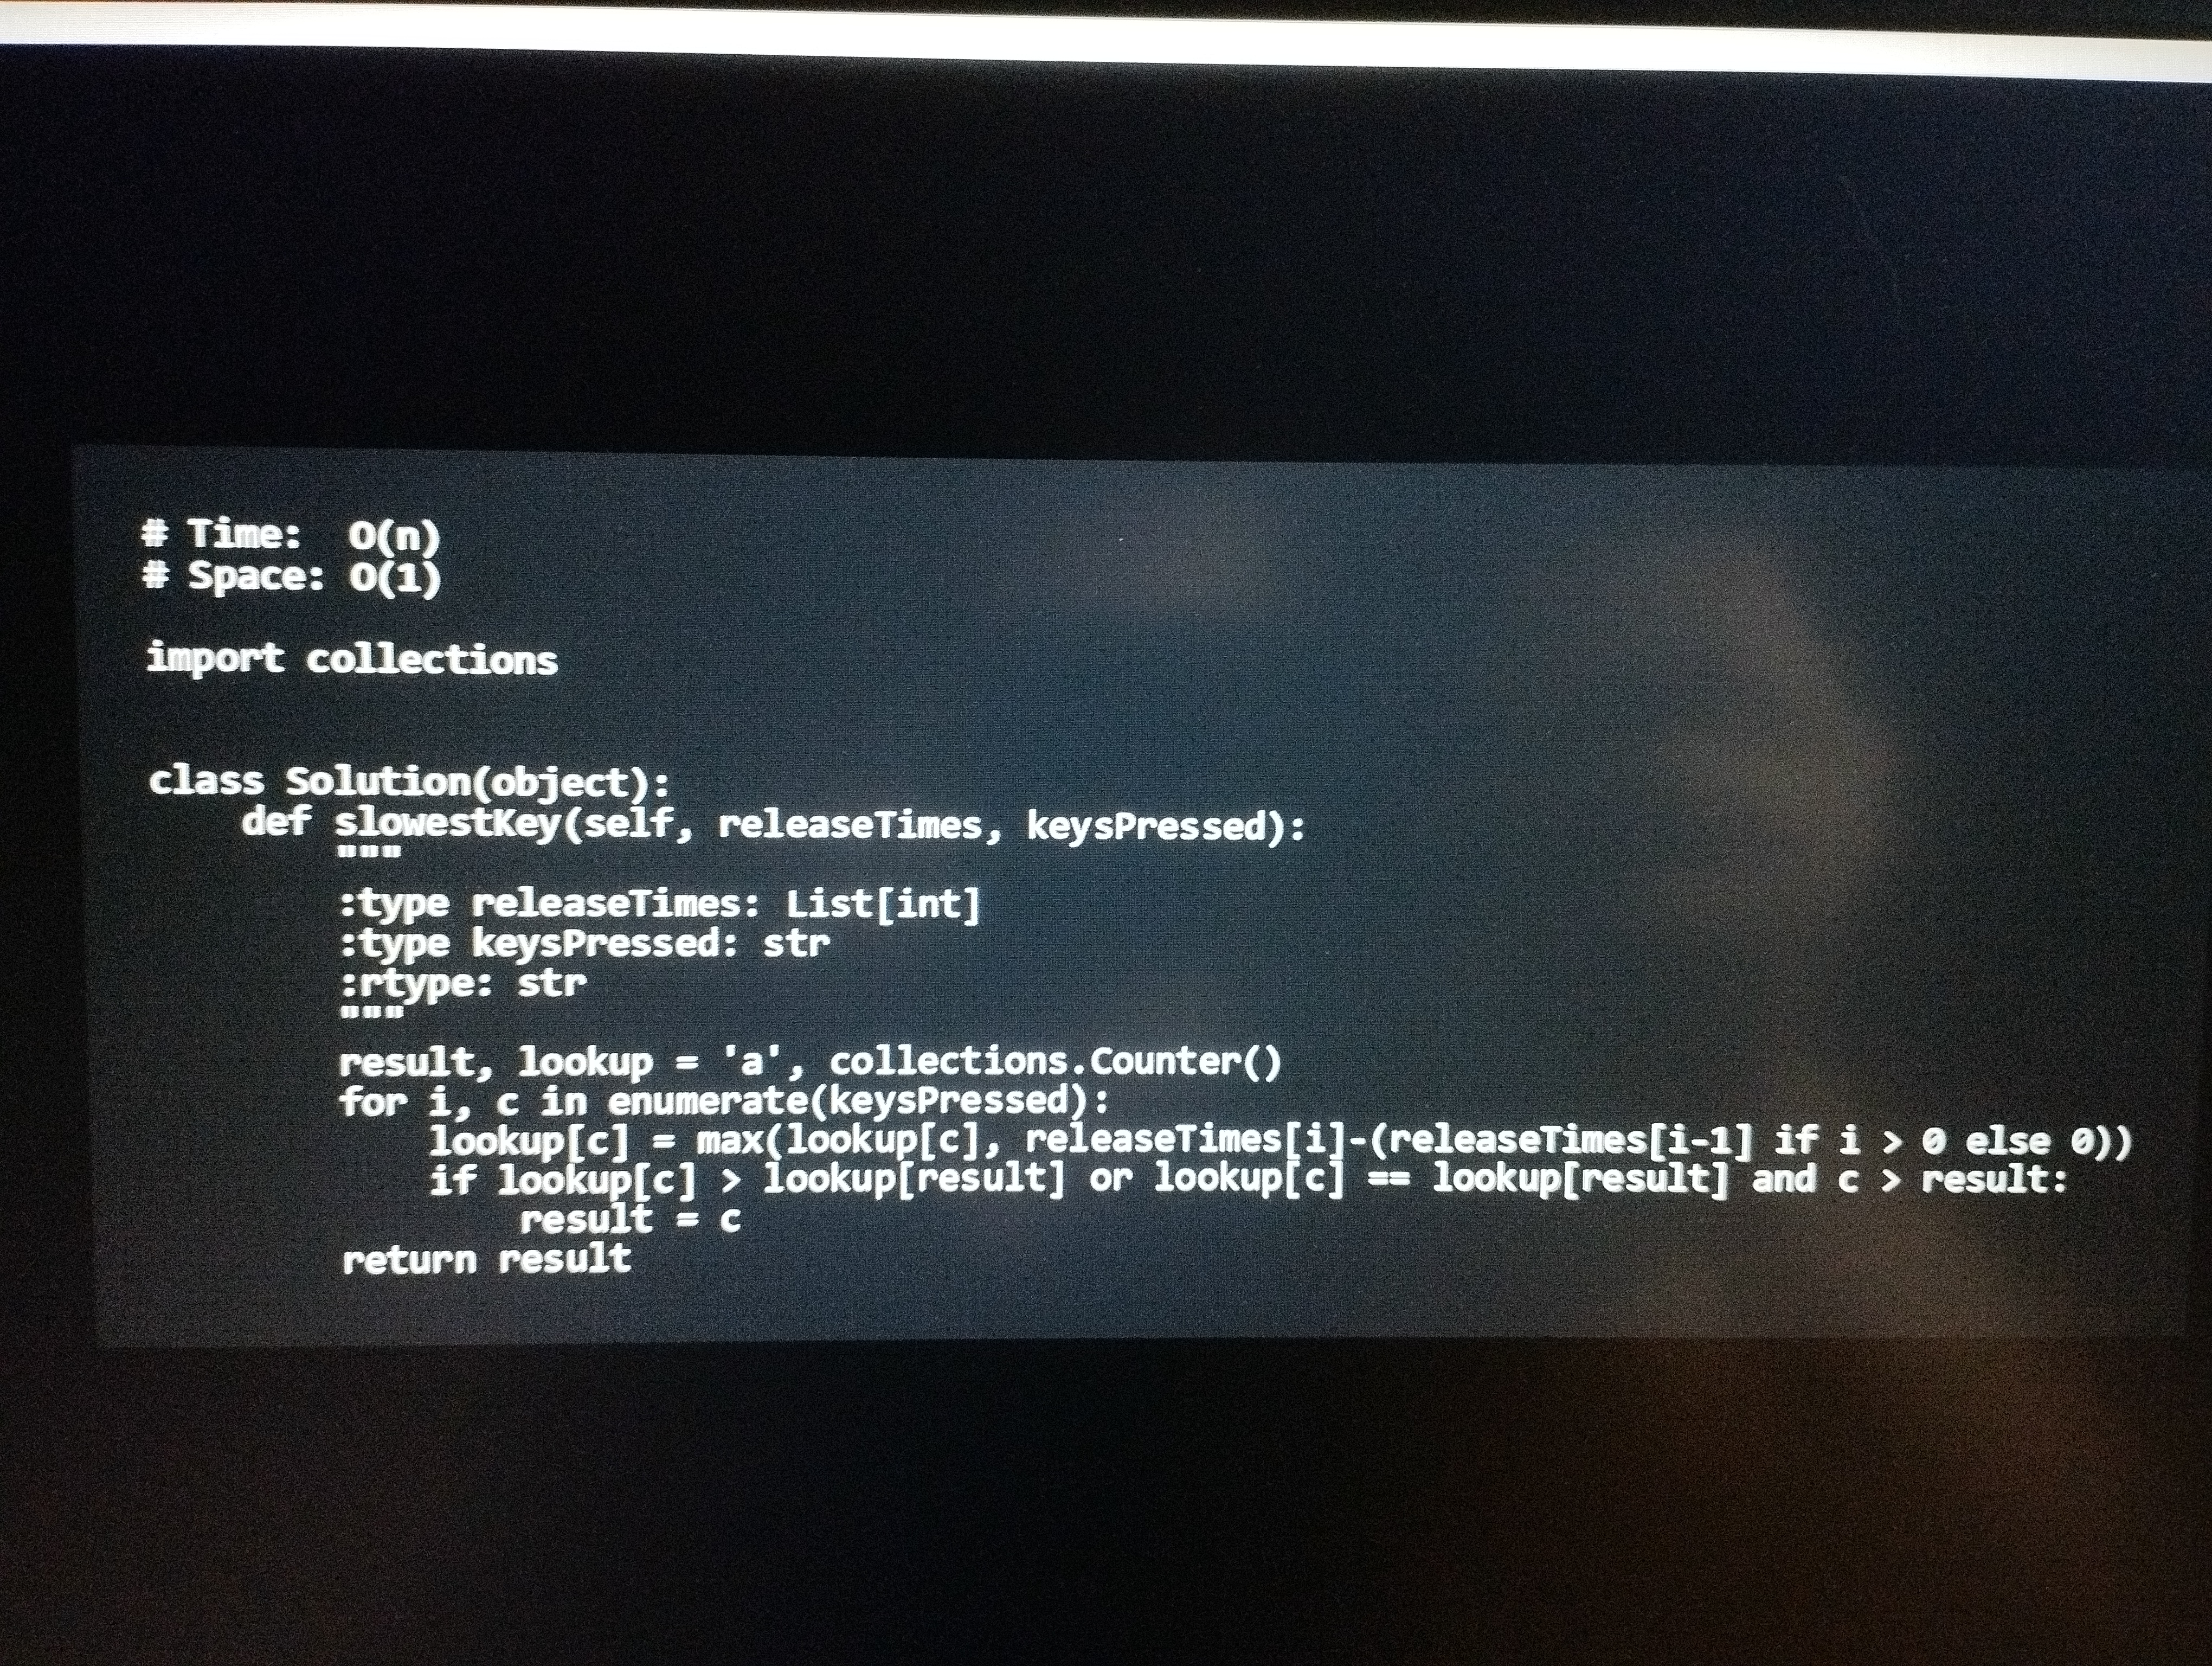
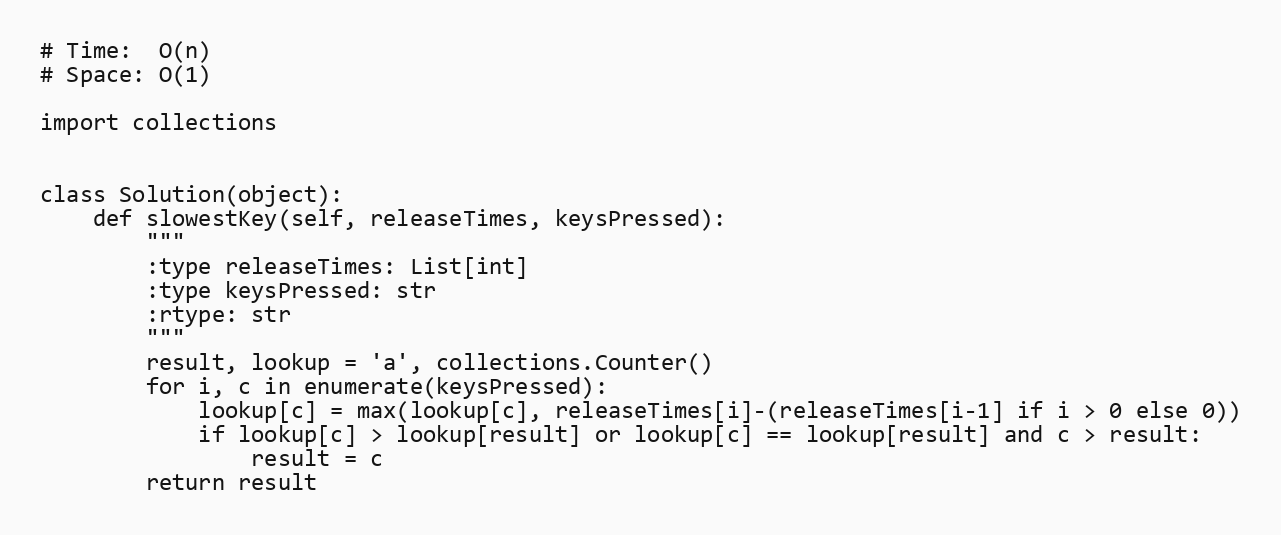
# Time:  O(n)
# Space: O(1)

import collections

class Solution(object):
    def slowestKey(self, releaseTimes, keysPressed):
        """
        :type releaseTimes: List[int]
        :type keysPressed: str
        :rtype: str
        """
        result, lookup = 'a', collections.Counter()
        for i, c in enumerate(keysPressed):
            lookup[c] = max(lookup[c], releaseTimes[i]-(releaseTimes[i-1] if i > 0 else 0))
            if lookup[c] > lookup[result] or lookup[c] == lookup[result] and c > result:
                result = c
        return result